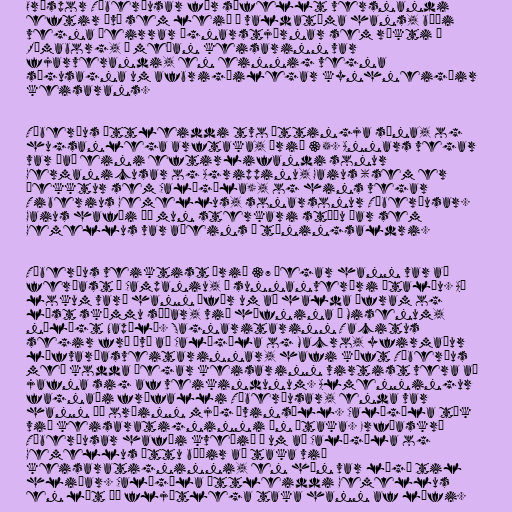
Orðspor Tíberíusar fór sífellt versnandi
eftir því sem leið á valdatíma hans, bæði
vegna þeirrar ógnarstjórnar sem ríkti í
Rómaborg, á meðan keisarinn var
fjarverandi, en einnig vegna
sögusagna um afbrigðilegar kynhneigðir
keisarans.

Tíberíus ættleiddi tvo ættingja sína, og
hugsanlega arftaka, árið 35. Annars vegar
var það eini eftirlifandi sonur
Germanicusar og Agrippinu, Gaius (sem er
þekktur sem Calígúla), og hins vegar
Tiberius Gemellus, sonarsonur Tíberíusar.
Gaius hafði þó mun sterkari stöðu þar sem
Gemellus var aðeins á táningsaldri.

Tíberíus veiktist árið 37 þegar hann var að
ferðast í Campaniu, á sunnanverðri Ítalíu. Að
lokum varð hann ófær um að halda áfram og
lést skömmu síðar, við höfnina í Misenum,
nálægt Napólí. Sagnaritarinn Tacitus
segir frá því að Calígúla og Macro, yfirmaður
lífvarðasveitarinnar, hafi kæft Tíberíus
með kodda þegar keisarinn virtist vera að
jafna sig af veikindunum. Almenningur
fagnaði fráfalli Tíberíusar, enda var
hann þá orðinn mjög óvinsæll. Calígúla tók
við keisaratigninni án átaka. Erfðaskrá
Tíberíusar hafði kveðið á um að Calígúla og
Gemellus ættu báðir að taka við
keisaratigninni, en hún var lögð til
hliðar. Calígúla ættleiddi Gemellus
en lét þó fljótlega taka hann af lífi.